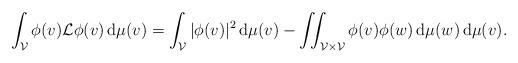
LaTeX: \begin{align*}\int_{\mathcal{V}} \phi(v) \mathcal{L} \phi(v)\, {\rm d}\mu(v)=\int_{\mathcal{V}}|\phi(v)|^2\, {\rm d}\mu(v)- \iint_{\mathcal{V}\times\mathcal{V}}\phi(v) \phi(w)\, {\rm d}\mu(w)\, {\rm d}\mu(v).\end{align*}